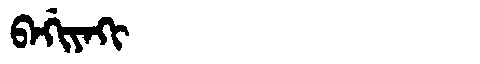
Manchu: ᠪᠠᡤᡳᠶᠠᡴᡳ
Romanization: BAGIYAKI